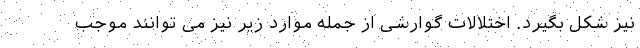
نیز شکل بگیرد. اختلالات گوارشی از جمله موارد زیر نیز می توانند موجب